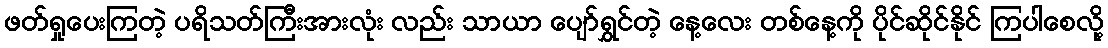
ဖတ်ရှုပေးကြတဲ့ ပရိသတ်ကြီးအားလုံး လည်း သာယာ ပျော်ရွှင်တဲ့ နေ့လေး တစ်နေ့ကို ပိုင်ဆိုင်နိုင် ကြပါစေလို့